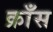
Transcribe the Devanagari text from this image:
क्राँस